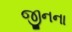
જીનના